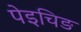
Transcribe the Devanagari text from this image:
पेइचिङ